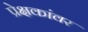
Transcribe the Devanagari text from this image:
प्रेक्षकांवर